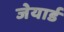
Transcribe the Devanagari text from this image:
जेयार्ड